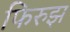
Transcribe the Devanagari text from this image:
फिरुझ